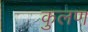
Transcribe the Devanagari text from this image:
कुलण